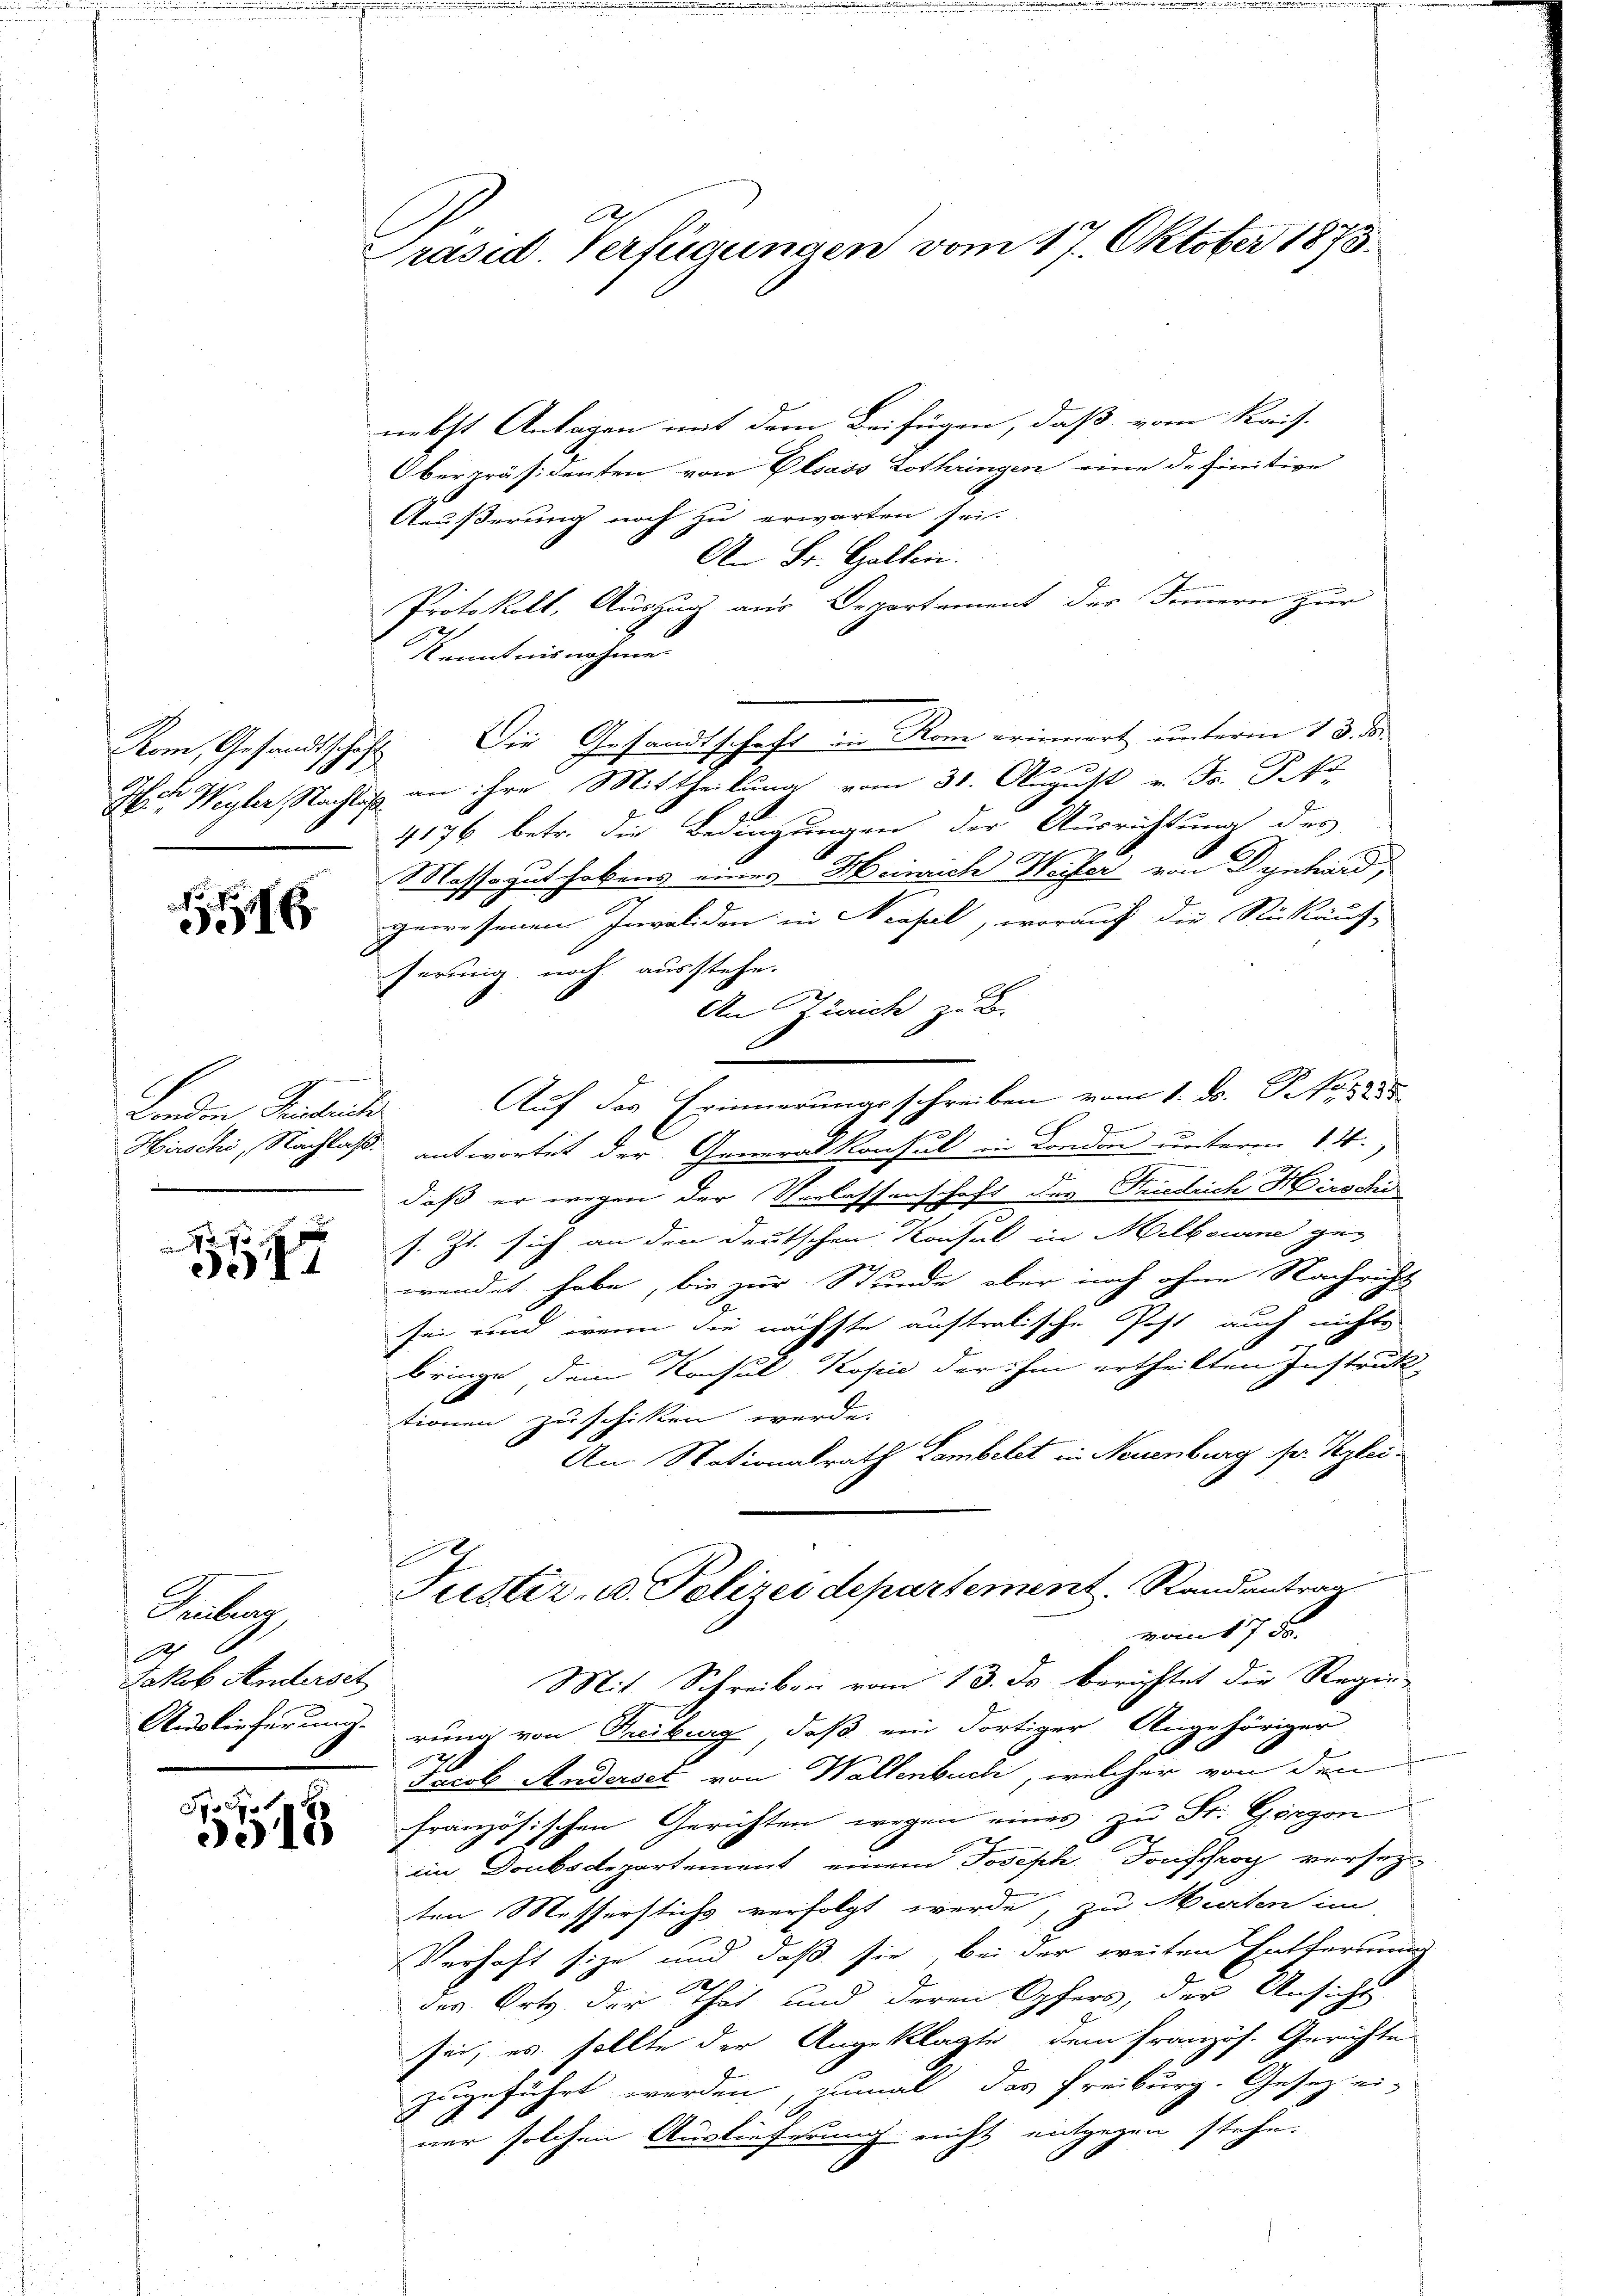
Kom, Gesandtschaft
Hch. Wegler, Nachlaß

16

Landen Petente

.
5047

Febuar
A
Jakob Anderset

S
e10

räsid. Verfügungen vom 17. Oktober 1873.

nebst Anlagen mit dem Beifügen, daß vom Kais.
Oberpräsidenten von Elsass Lothringen eine definitive
Aeußerung noch zu erwarten sei.
An St. Gallen.
Protokoll, Auszug aus Departement des Innern zur
e
Kenntnisnehme
Die Gesandtschaft in Rom erinnert unterm 13. das
1
an ihre Mittheilung vom 31. August v. Fr. Pf
4176 betr. die Bedingungen der Ausrichtung des
Massagut hebens eines Heinrich Weiser von Dynhard,
gewesenen Invaliden in Neapel, worauf die Rückäuf-
ferung, noch ausstehe.
An Zürich zu B.
Auf des Erinnerungsschreiben vom 1. ds. Pfarre

.
Hirschi, Nachlaß antwortet der Generalkonsul in London unterm 14.,
daß er wegen der Verlassenschaft des Friedrich Hirschi
s. Js. sich an den deutschen Kausal in Melbourne gewendet habe, bis zur Stunde aber noch ohne Nachricht
sei und wenn die nächste auftratische Post auch nichts
bringe dem Konsul Kosii der ihm ertheilten Instruk-
tionen zu schiken werde.
An Nationalrath Lambelt in Neuenburg sr. Reglei¬
1
Tuster- u. Polizei departement. Randantrag
vom 17. ds.
Mit Schreiben vom 13. ds berichtet die Regie-
Auslieferung run von Reiburg, daß ein dortiger Angehöriger
54 x
Facob Anderset von Wallenbuch, welcher von den
französischen Gerichten wegen eines zu St. Gorgon
im Doubsdepartement einem Joseph Souffroy verseyten Messerstichs verfolgt werde, zu Murten im
Verhaft sie und daß sie, bei der weiten Entfernung
des Orts der That und deren Opfers, der Ansicht
sei, es sollte der Angeklagte, dem Französ. Gerichte
zugeführt werden, zumal das Freiburg. Gesetz ei-
A
ner solchen Auslieferung nicht entgegen stehe.